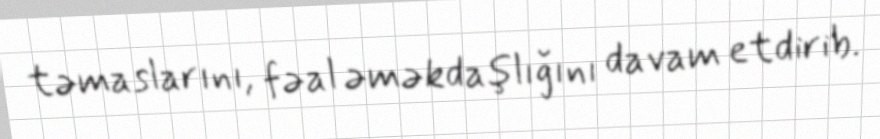
təmaslarını, fəal əməkdaşlığını davam etdirib.